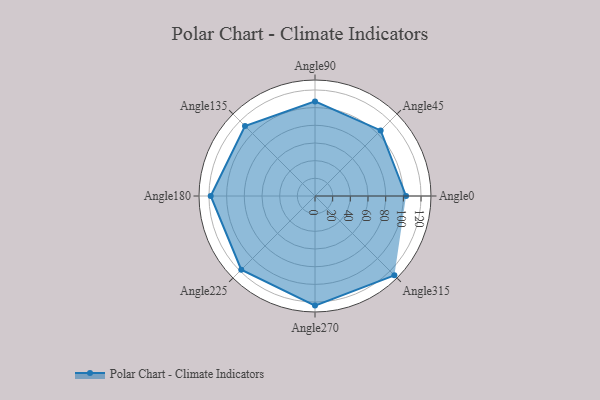
{"axis": {"x": "Angle", "y": "Radius"}, "legend": [""], "data": [{"x": "Angle0", "y": 103.0, "type": ""}, {"x": "Angle45", "y": 105.0, "type": ""}, {"x": "Angle90", "y": 107.0, "type": ""}, {"x": "Angle135", "y": 112.0, "type": ""}, {"x": "Angle180", "y": 118.0, "type": ""}, {"x": "Angle225", "y": 118.0, "type": ""}, {"x": "Angle270", "y": 124.0, "type": ""}, {"x": "Angle315", "y": 127.0, "type": ""}]}